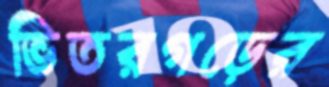
ভিতরগড়ের